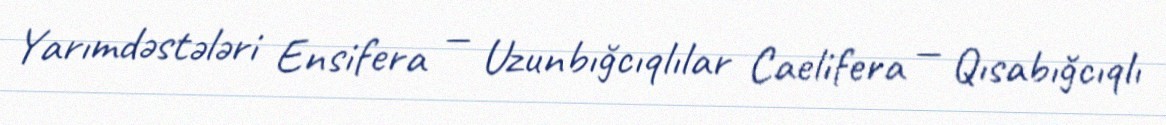
Yarımdəstələri Ensifera — Uzunbığcıqlılar Caelifera — Qısabığcıqlı